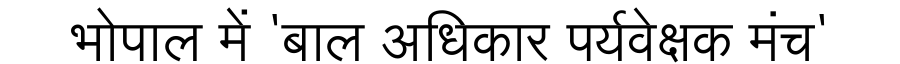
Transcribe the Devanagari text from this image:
भोपाल में 'बाल अधिकार पर्यवेक्षक मंच'